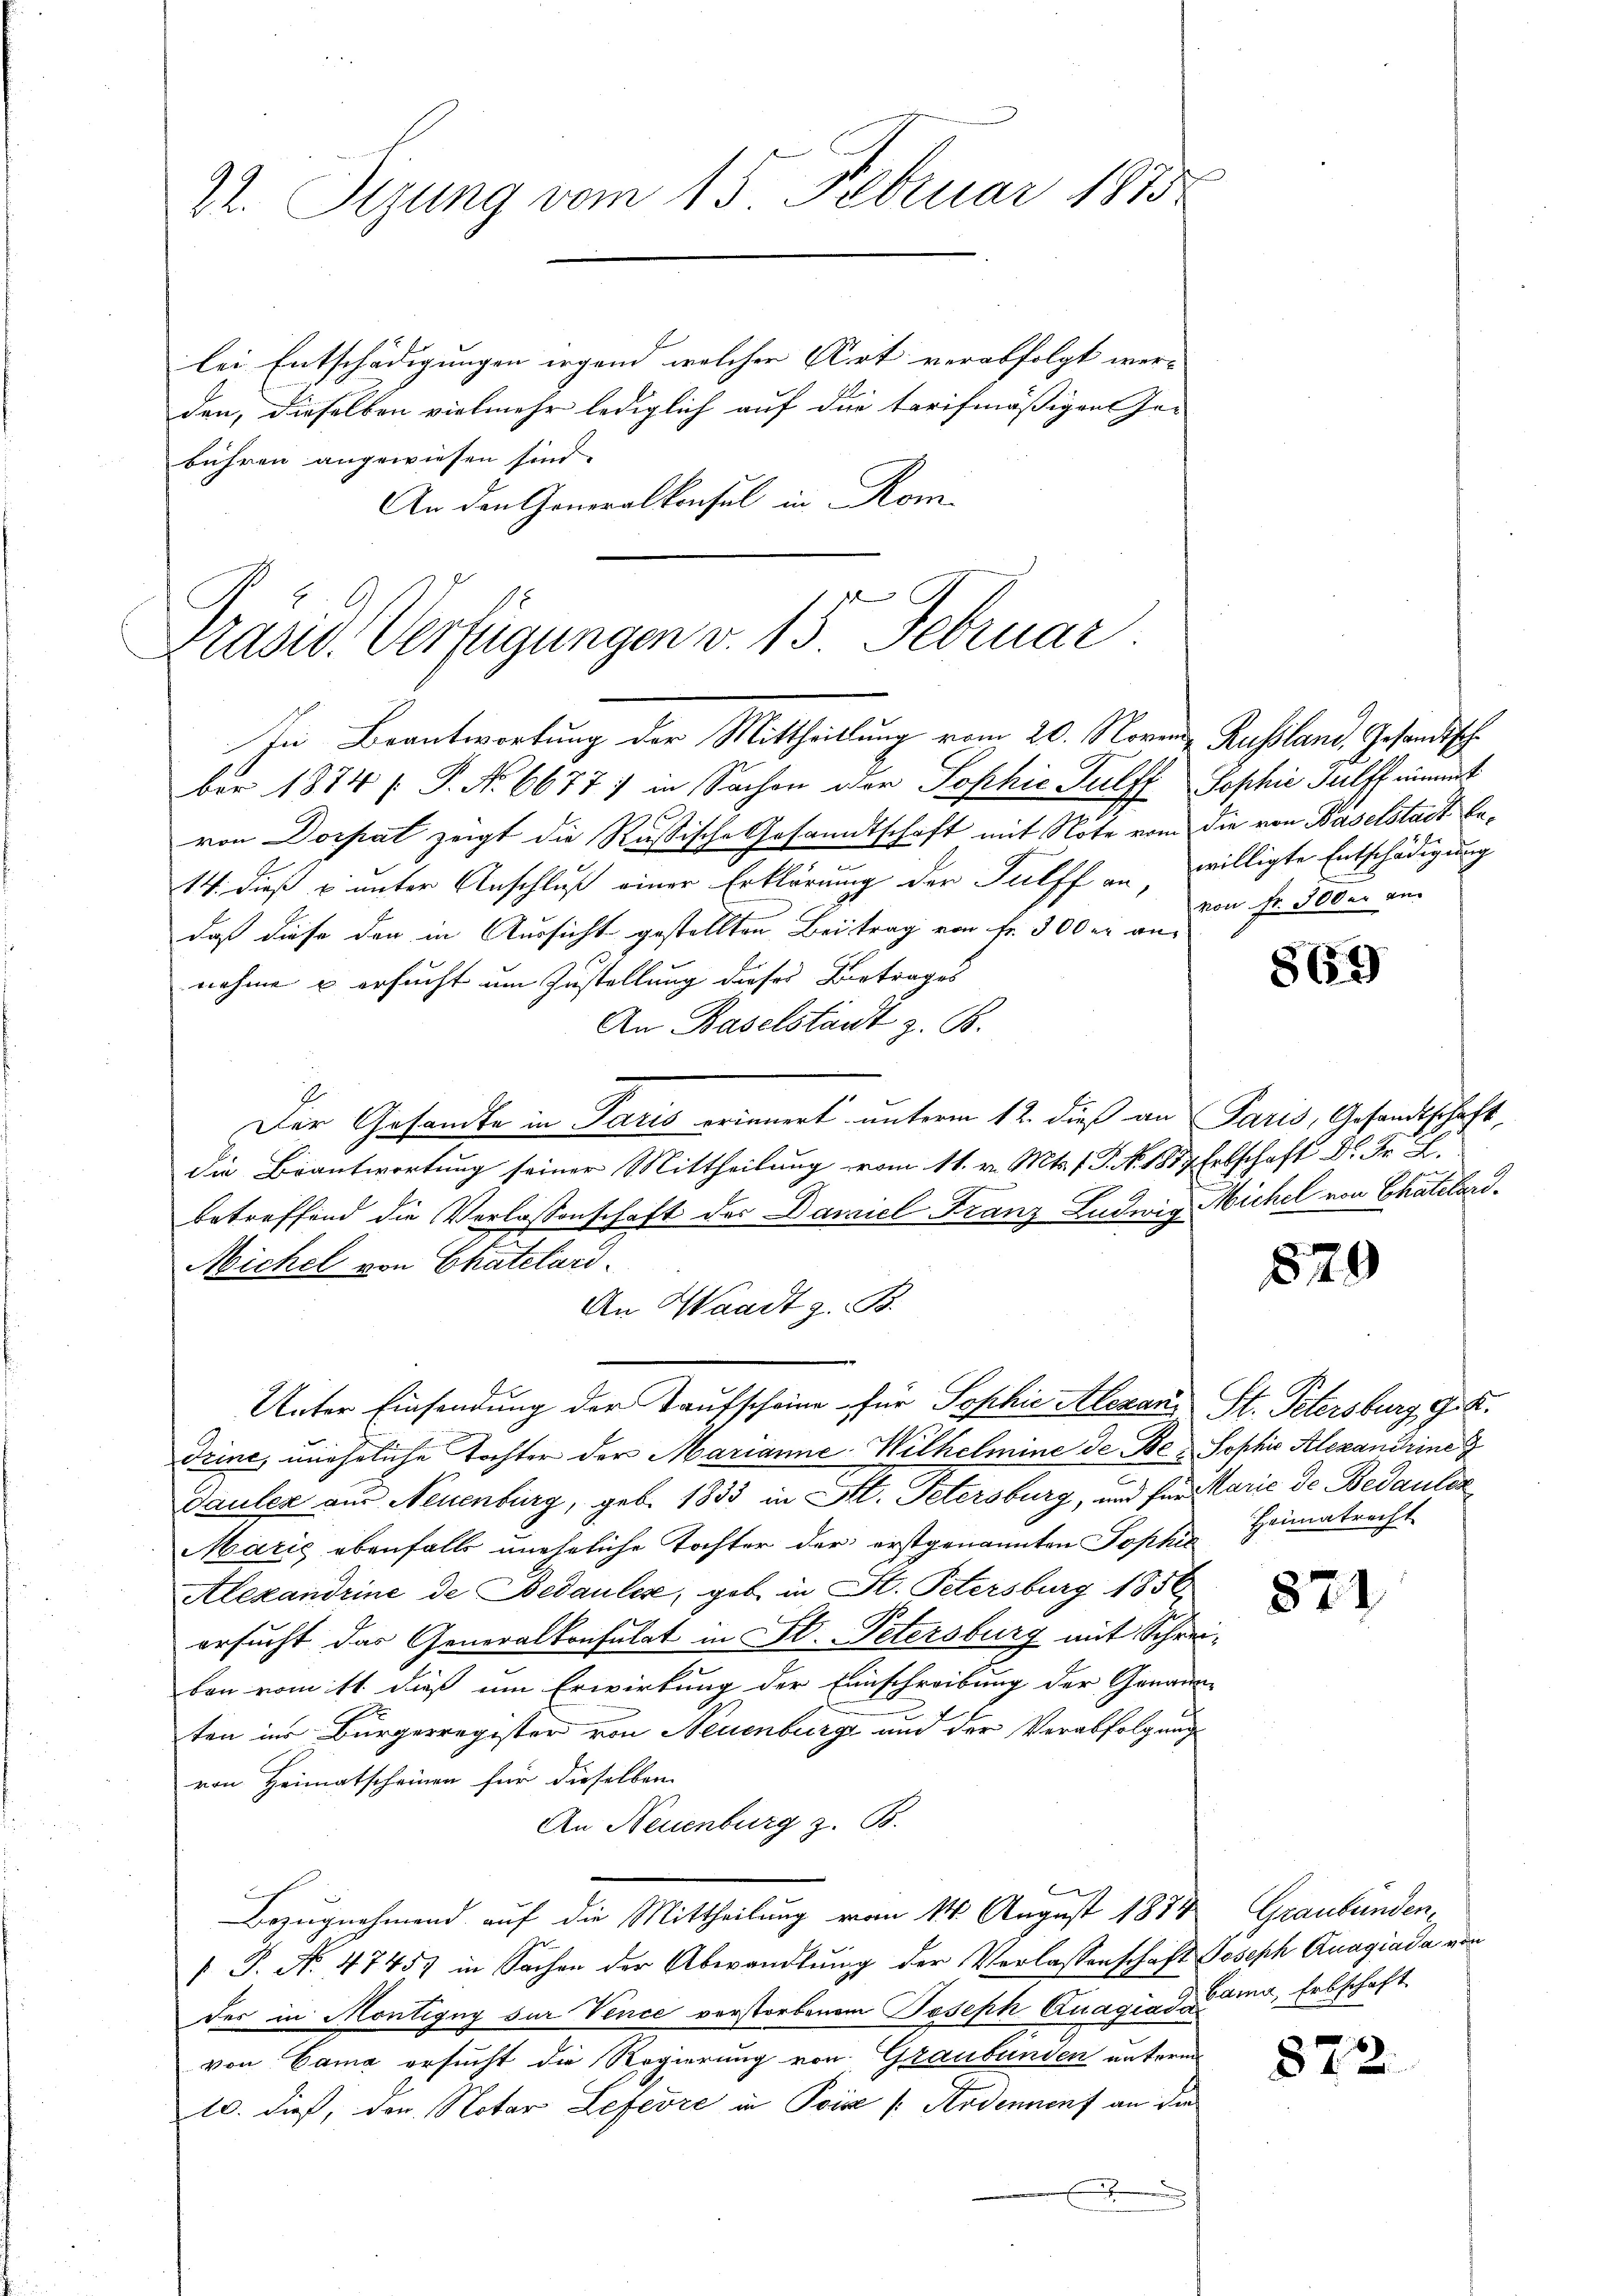
lei Entschädigungen irgend welcher Art verabfolgt wer- |
den, dieselben vielmehr lediglich auf die tarifmäßigen Ge-
bühren angewiesen sind.
An den Generalkonsul in Kom-

22. Sizung vom 15. Februar 1875

Präsid. Verfügungen v. 15. Februar.
In Beantwortung der Mittheillung vom 20. Noven Russland, Gesandtsch¬

ber 1874 [ P. No 6677) in Sachen oder Sophie Tulff Sophie Hulff nimmt
von Dorpat zeigt die Russische Gesandtschaft mit Note vom die von Baselstadt be¬
14. dieß u unter Anschluß einer Erklärung der Tulff an willigte Entschädigung
daß diese den in Aussicht gestellten Beitrag von Fr. 300 er an
nahme & ersucht um Zustellung dieses Betrages
An Baselstant z. B.
E
Der Gesandte in Paris erinnert unterm 12. dieß an Paris, Gesandtschaft,
die Beantwortung seiner Mittheilung vom 11. v. Mts. f. P. Nr. 1887 Erbschaft Dr. Fr. L.
betreffend die Verlassenschaft des Daniel Franz Ludwig Michel von Chatelard¬
Michel von Chatelari
An Waadt z. B.
Unter Einsendung der Taufscheine für Sophie Alexans St. Petersburg Grk.
Trine, uneheliche Tochter der Marianne Wilhelmine de Be- Sophie Alexandrine
dauler aus Neuenburg, geb. 1833 in St. Petersburg, und für Marie de Bedaulez
Marić ebenfalls uneheliche Tochter der erstgenannten Sophie Heimatrecht
Alexandrine de Bedaules, geb in St. Petersburg 1856
ersucht das Generalkonsulat in St. Petersburg mit Schreiben vom 11. dieß um Erwirkung der Einschreibung der Genannten in Bürgerregister von Neuenburg und der Verabfolgung
von Heimatscheinen für dieselben
An Neuenburg z. B.
Bezugnahmend auf die Mittheilung vom 14. August 1884 Graubünden
 P. N. 47457 in Sachen der Abwandlung der Verlassenschaft Joseph Anagiada, von
des in Montigny zur Vence verstorbenem Joseph Quagiadame, Erbschaft
von Cama ersucht die Regierung von Graubünden unterm
2
10. dieß, den Notar Lefevre in Poise /: Rodennonf an die
2

von Fr. 3000 an.

869

829

871

872.